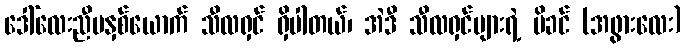
ဒေါ်လေးညီမနှစ်ယောက် သီလရှင် ရှိပါတယ်၊ အဲဒီ သီလရှင်များရဲ့ မိခင် (အဖွားလေး)